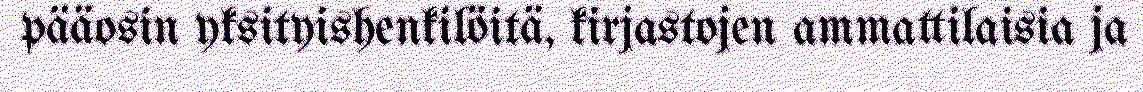
pääosin yksityishenkilöitä, kirjastojen ammattilaisia ja